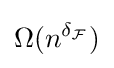
\Omega (n^{\delta _{\mathcal {F}}})